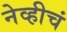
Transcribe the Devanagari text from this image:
नेव्हीचं